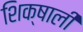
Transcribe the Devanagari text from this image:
शिक्षाली